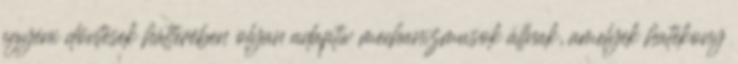
egyéni döntések hátterében olyan adaptív mechanizmusok állnak, amelyek hatékony